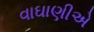
વાઘાણીએ